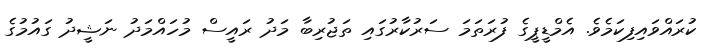
ކުރައްވައިފިކަމެވެ. އެމްޑީޕީގެ ފުރަތަމަ ސަރުކާރުގައި ތަޖުރިބާ މަދު ރައީސް މުހައްމަދު ނަޝީދު ގައުމުގެ